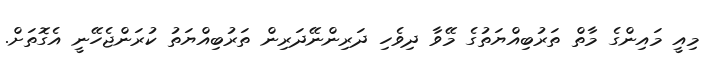
މިއީ މައިންގެ މާތް ތަރުބިއްޔަތުގެ މޭވާ ދިވެހި ދަރިންނޭދަރިން ތަރުބިއްޔަތު ކުރަންޖެހޭނީ އެގޮތަށް.